Indian journal of veterinary science and animal husbandry - Volume 10,
Year: 1940
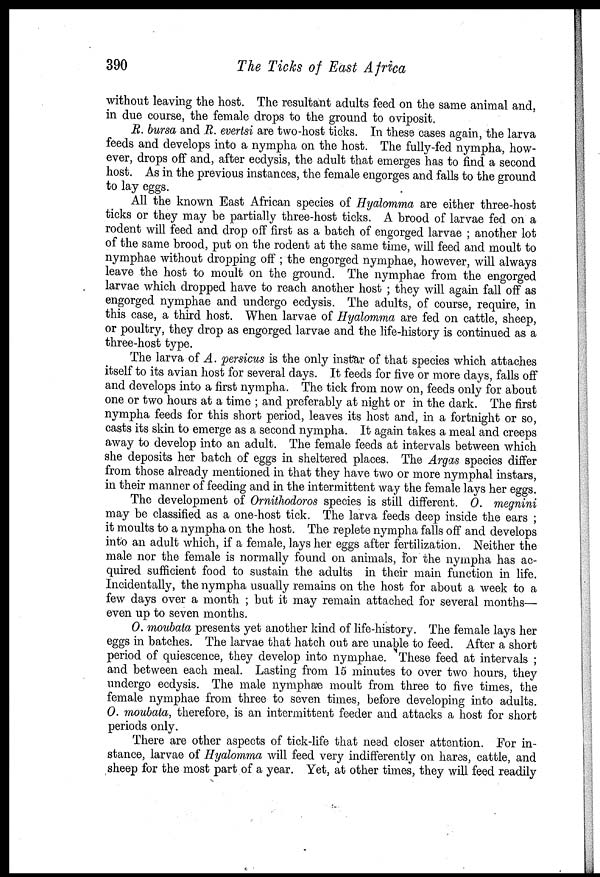
390
The Ticks of East Africa
without leaving the host. The resultant adults feed on the same animal and,
in due course, the female drops to the ground to oviposit.
R. bursa and R. evertsi are two-host ticks. In these cases again, the larva
feeds and develops into a nympha on the host. The fully-fed nympha, how-
ever, drops off and, after ecdysis, the adult that emerges has to find a second
host. As in the previous instances, the female engorges and falls to the ground
to lay eggs.
All the known East African species of Hyalomma are either three-host
ticks or they may be partially three-host ticks. A brood of larvae fed on a
rodent will feed and drop off first as a batch of engorged larvae ; another lot
of the same brood, put on the rodent at the same time, will feed and moult to
nymphae without dropping off ; the engorged nymphae, however, will always
leave the host to moult on the ground. The nymphae from the engorged
larvae which dropped have to reach another host ; they will again fall off as
engorged nymphae and undergo ecdysis. The adults, of course, require, in
this case, a third host. When larvae of Hyalomma are fed on cattle, sheep,
or poultry, they drop as engorged larvae and the life-history is continued as a
three-host type.
The larva of A. persicus is the only instar of that species which attaches
itself to its avian host for several days. It feeds for five or more days, falls off
and develops into a first nympha. The tick from now on, feeds only for about
one or two hours at a time ; and preferably at night or in the dark. The first
nympha feeds for this short period, leaves its host and, in a fortnight or so,
casts its skin to emerge as a second nympha. It again takes a meal and creeps
away to develop into an adult. The female feeds at intervals between which
she deposits her batch of eggs in sheltered places. The Argas species differ
from those already mentioned in that they have two or more nymphal instars,
in their manner of feeding and in the intermittent way the female lays her eggs.
The development of Ornithodoros species is still different. O. megnini
may be classified as a one-host tick. The larva feeds deep inside the ears ;
it moults to a nympha on the host. The replete nympha falls off and develops
into an adult which, if a female, lays her eggs after fertilization. Neither the
male nor the female is normally found on animals, for the nympha has ac-
quired sufficient food to sustain the adults in their main function in life.
Incidentally, the nympha usually remains on the host for about a week to a
few days over a month ; but it may remain attached for several months—
even up to seven months.
O. moubata presents yet another kind of life-history. The female lays her
eggs in batches. The larvae that hatch out are unable to feed. After a short
period of quiescence, they develop into nymphae. These feed at intervals ;
and between each meal. Lasting from 15 minutes to over two hours, they
undergo ecdysis. The male nymphae moult from three to five times, the
female nymphae from three to seven times, before developing into adults.
O. moubata, therefore, is an intermittent feeder and attacks a host for short
periods only.
There are other aspects of tick-life that need closer attention. For in-
stance, larvae of Hyalomma will feed very indifferently on hares, cattle, and
sheep for the most part of a year. Yet, at other times, they will feed readily